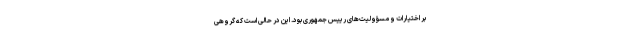
بر اختیارات و مسؤولیت‌های رییس جمهوری بود. این در حالی است که گروهی